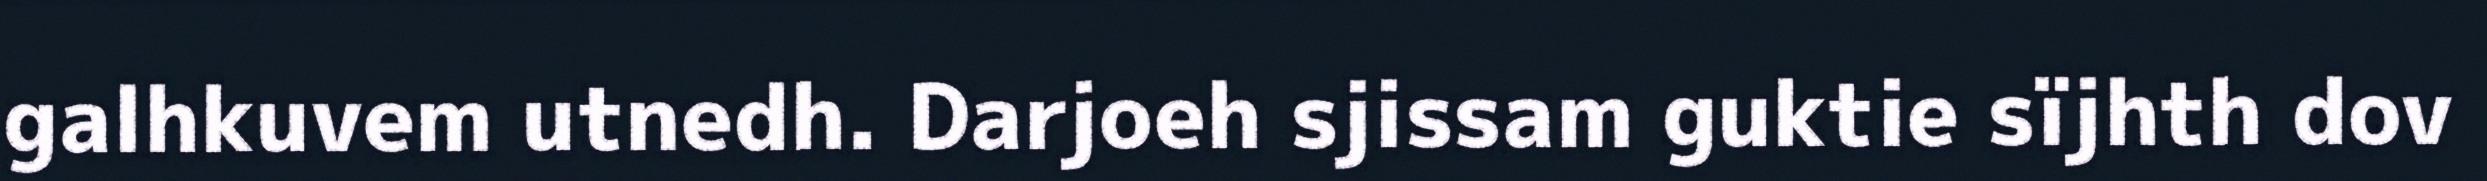
galhkuvem utnedh. Darjoeh sjissam guktie sïjhth dov